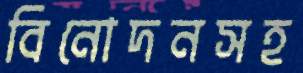
বিনোদনসহ